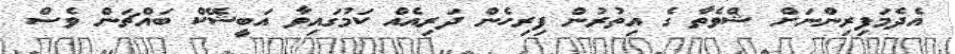
އެދެމަފިރިންނަށް ޝްވެތާ ގެ އިތުރުން ފިރިހެން ދަރިއެއް ކަމުގައިވާ އަބީޝޭކް ބައްޗަން ވެސް